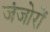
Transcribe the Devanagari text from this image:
जंजोरों